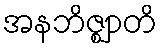
အနဘိဇ္ဈာတိ